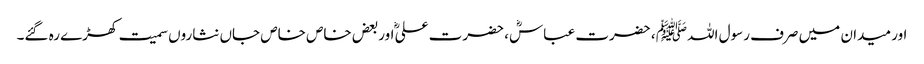
اور میدان میں صرف رسول اللہﷺ ، حضرت عباسؓ، حضرت علیؓ اوربعض خاص خاص جاں نثاروں سمیت کھڑے رہ گئے۔